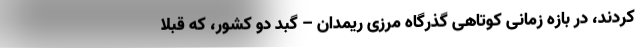
کردند، در بازه زمانی کوتاهی گذرگاه مرزی ریمدان – گبد دو کشور، که قبلا